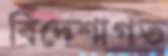
বিদেশাগত